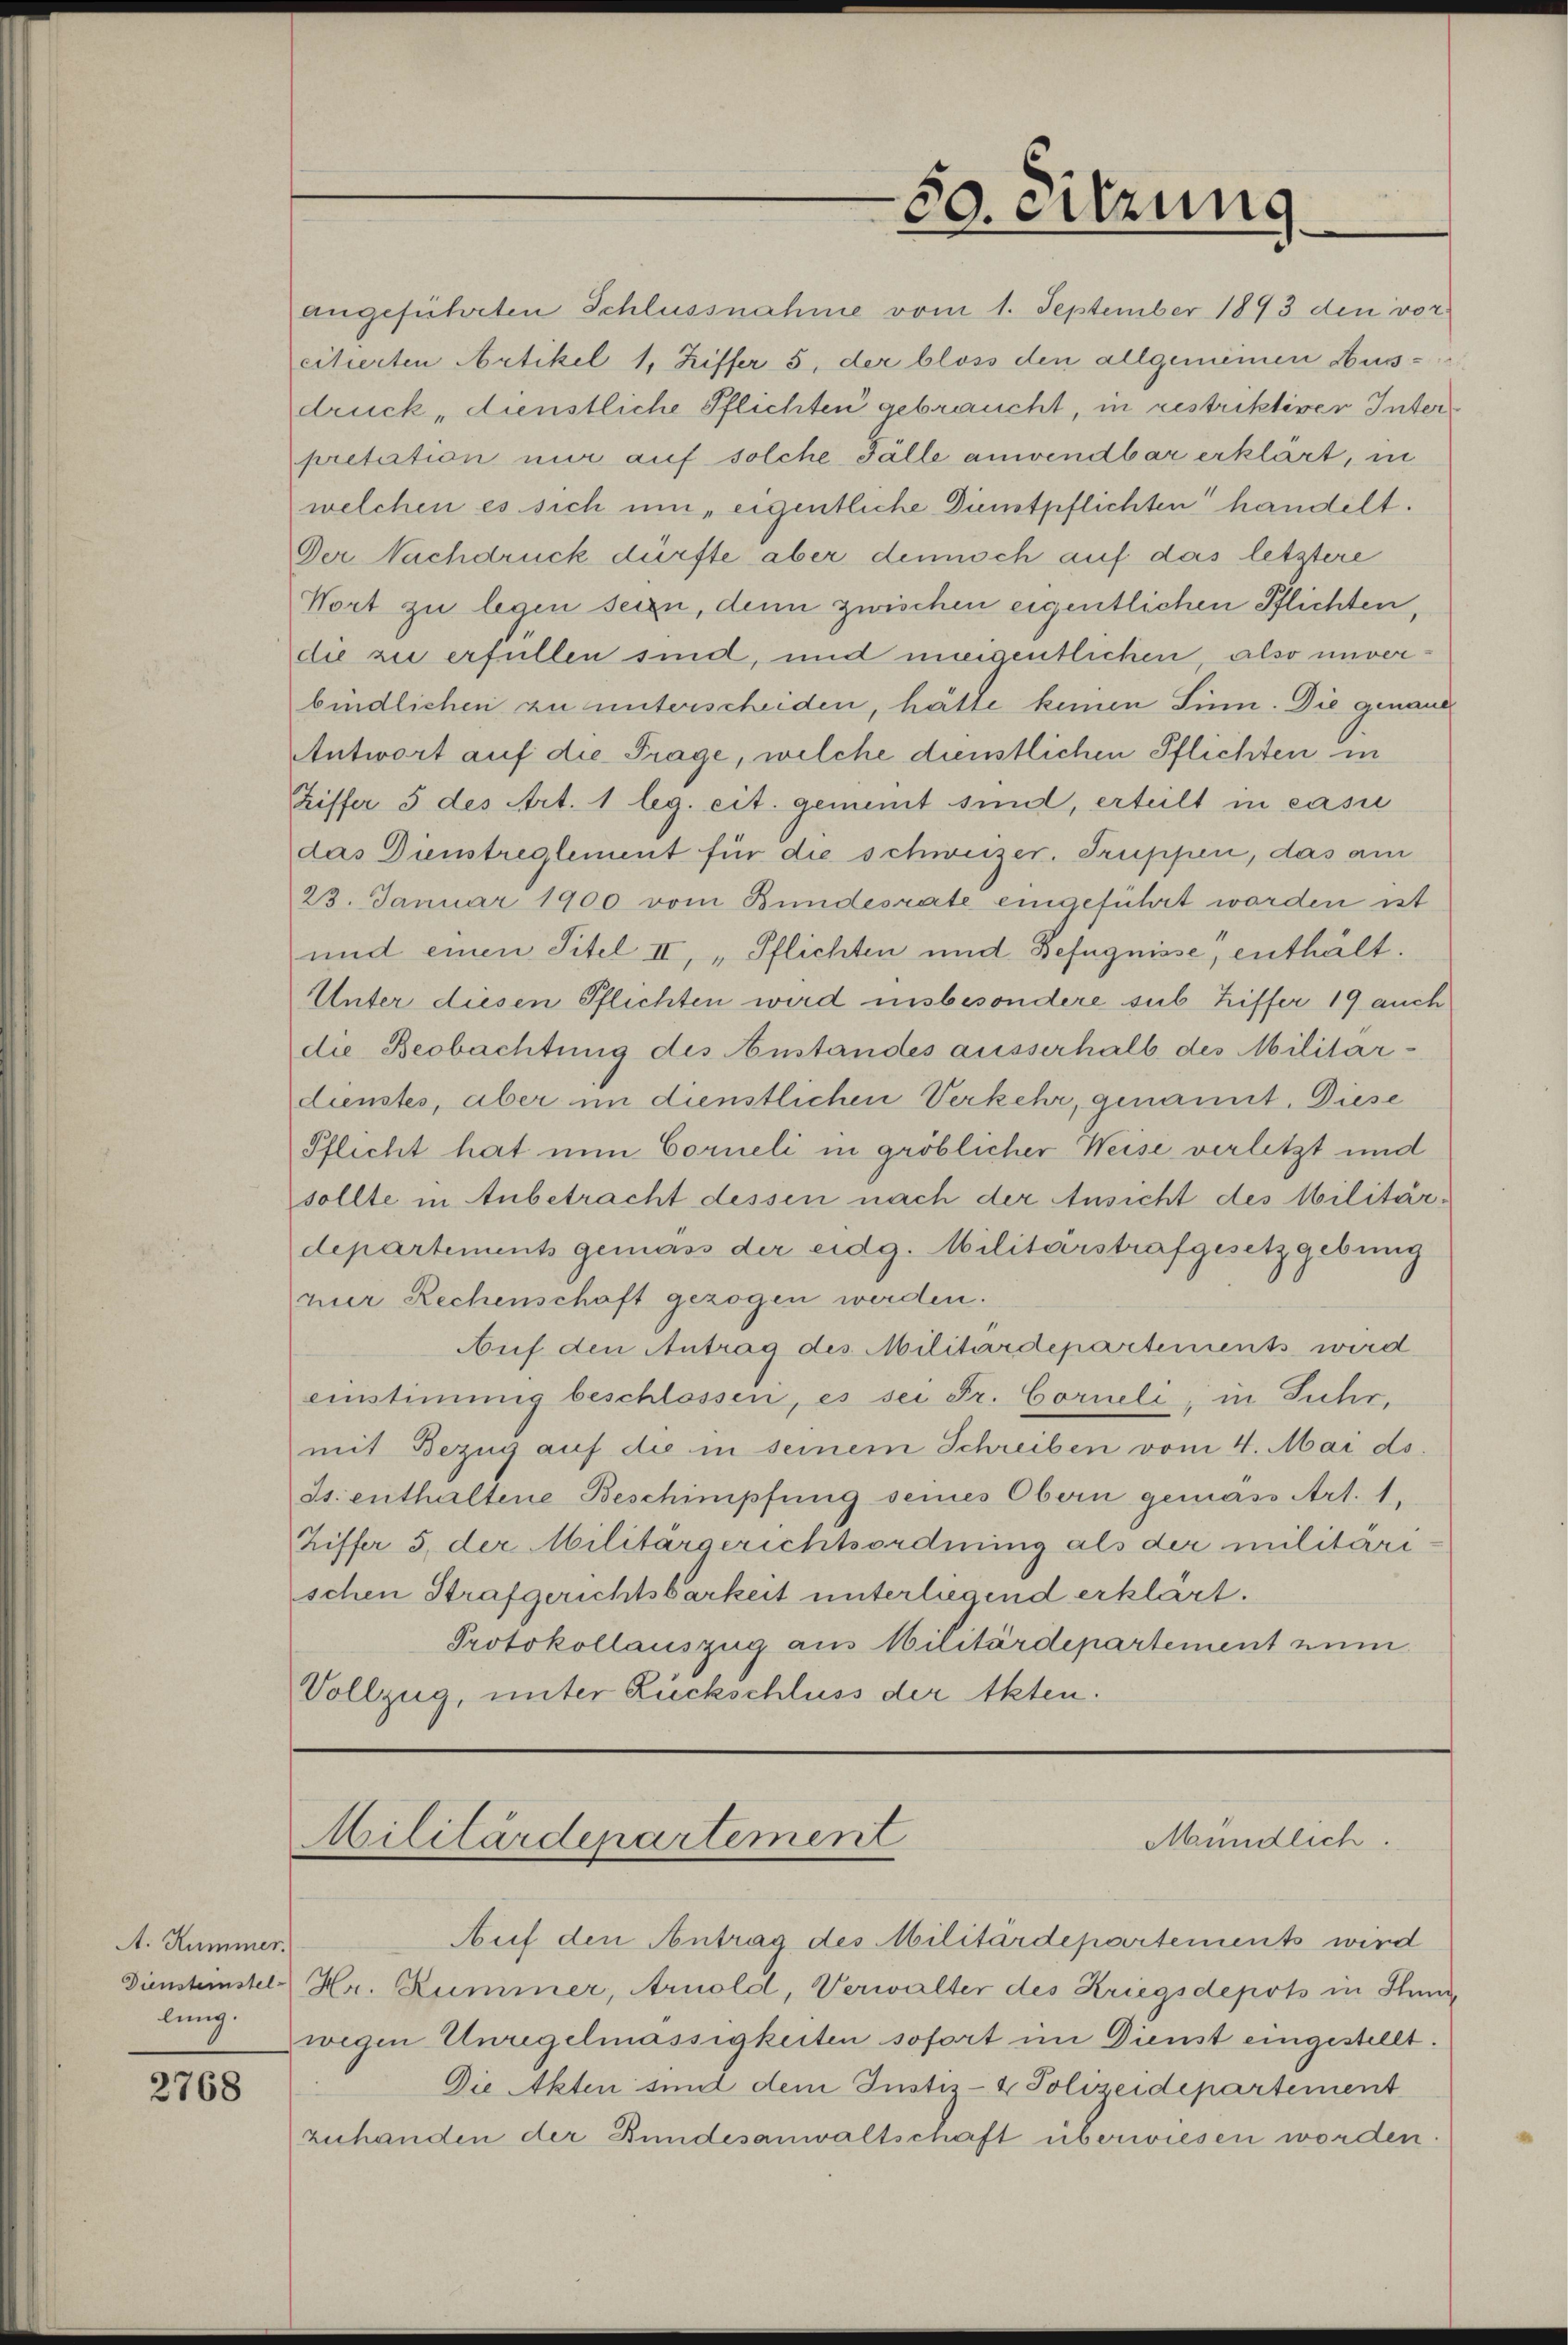
A. Kummer.
Diensteinstel-
lung.

2768

welchen es sich um, eigentliche Dünstpflichten handelt.
Der Nachdruck dürfte aber dennoch auf das letztere
Wort zu legen sein, denn zwischen eigentlichen Pflichten,
die zu erfüllen sind, und uneigentlichen, also unverbindlichen zu unterscheiden, hätte keinen Sinn. Die genann
Antwort auf die Frage, welche dienstlichen Pflichten in
Hiffer 5 des Art. 1 leg. cit. gemeint sind, erteilt in casi
das Dienstreglement für die schweizer. Truppen, das am
23. Januar 1900 vom Bundesrate eingeführt worden ist
und einen Titel II, „Pflichten und Befugnisse, enthält.
Unter diesen Pflichten wird insbesondere sub Liffer 19 auch
die Beobachtung des Anstandes ausserhalb des Militar-
dienstes, aber im dienstlichen Verkehr, genannt. Diese
Pflicht hat nun Corneli in gröblicher Weise verletzt und
sollte in Anbetracht dessen nach der Ansicht des Militärdepartements gemäss der eidg. Militärstrafgesetzgebung
nier Rechenschaft gezogen werden.
Auf den Antrag des Militärdepartements wird
einstimmig beschlossen, es sei Fr. Corneli, in Fuhr,
mit Bezug auf die in seinem Schreiben vom 4. Mai ds.
Js. enthaltene Beschimpfung seines Obern gemäss Art. 1,
Hiffer 5. der Militärgerichtsordnung als der militäri-
schen Strafgerichtsbarkeit unterliegend erklärt.
Protokollauszug aus Militärdepartement zum
Vollzug, unter Rückschluss der Akten.

Militärdepartement

50. Sitzung

angeführten Schlussnahme vom 1. September 1893 den vorcitierten Artikel 1, Ziffer 5, der bloss den allgemeinen Huss-
druck „dienstliche Pflichten gebraucht, in restriktiver Interpretation nur auf solche Fälle anwendbar erklärt, in

Mündlich.

Auf den Antrag des Militärdepartements wird
Hr. Rummer, Arnold, Verwalter des Kriegsdepots in Stunwegen Unregelmässigkeiten sofort im Dienst eingestellt.
Die Akten sind dem Justiz- & Polizeidepartement
zuhanden der Bundesanwaltschaft überwiesen worden.